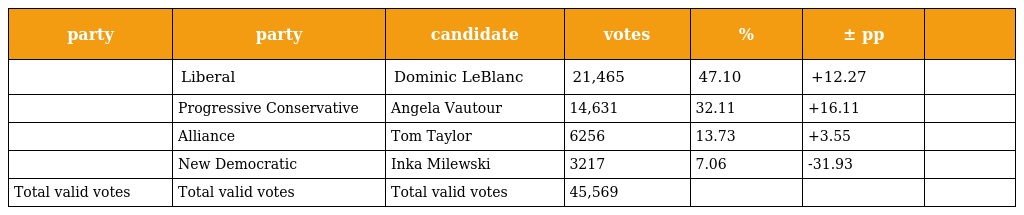
| party | party | candidate | votes | % | ± pp |  |
 | --- | --- | --- | --- | --- | --- | --- |
 |  | Liberal | Dominic LeBlanc | 21,465 | 47.10 | +12.27 |  |
 |  | Progressive Conservative | Angela Vautour | 14,631 | 32.11 | +16.11 |  |
 |  | Alliance | Tom Taylor | 6256 | 13.73 | +3.55 |  |
 |  | New Democratic | Inka Milewski | 3217 | 7.06 | -31.93 |  |
 | Total valid votes | Total valid votes | Total valid votes | 45,569 |  |  |  |